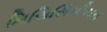
મિસિસિપીયન